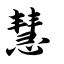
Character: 慧